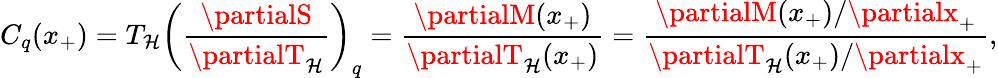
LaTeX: C_{q}(x_{+})=T_{\mathcal{H}}\left(\frac{{\partialS}}{{\partialT_{\mathcal{H}}}}\right)_{q}=\frac{{\partialM(x_{+})}}{{\partialT_{\mathcal{H}}(x_{+})}}=\frac{{\partialM(x_{+})/\partialx_{+}}}{{\partialT_{\mathcal{H}}(x_{+})/\partialx_{+}}},